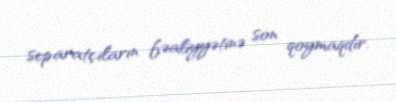
separatçıların fəaliyyətinə son qoymaqdır.